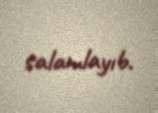
salamlayıb.